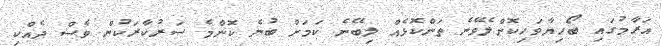
އަރާމުގައި ބޯހިޔާވަހިކޮށްލެވޭނެ ތަންކޮޅެއް ލިބޭނެ ކަމަށް ބުނެ ކޮންމެ ސަރުކާރަކުން ވެސް ދެއްކި